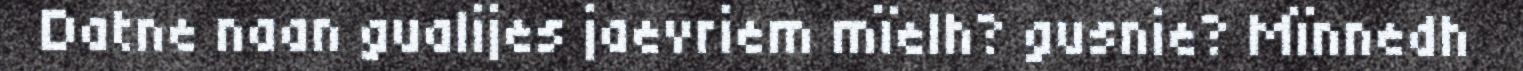
Datne naan gualijes jaevriem mïelh? gusnie? Mïnnedh